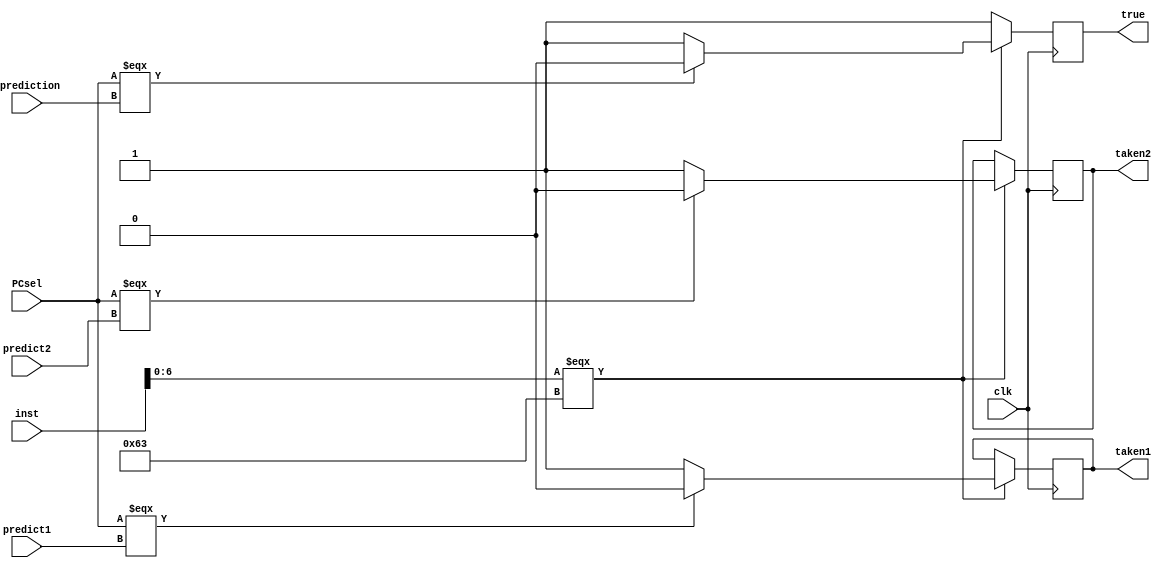
module taken(true, taken1, taken2, inst, pprediction, predict1, predict2, PCsel, clk);
input [31:0] inst;
input pprediction, predict1, predict2, PCsel, clk;
output reg taken1, taken2, true;
always @(posedge clk)
begin
	if (inst[6:0] === 7'b1100011)
	begin
		taken1 <= (PCsel === predict1) ? 1'b0 : 1'b1;
		taken2 <= (PCsel === predict2) ? 1'b0 : 1'b1;
		true <= (PCsel === pprediction) ? 1'b0 : 1'b1;
	end
	else 
	begin
		true <= 1'b1;
	end 
end
endmodule